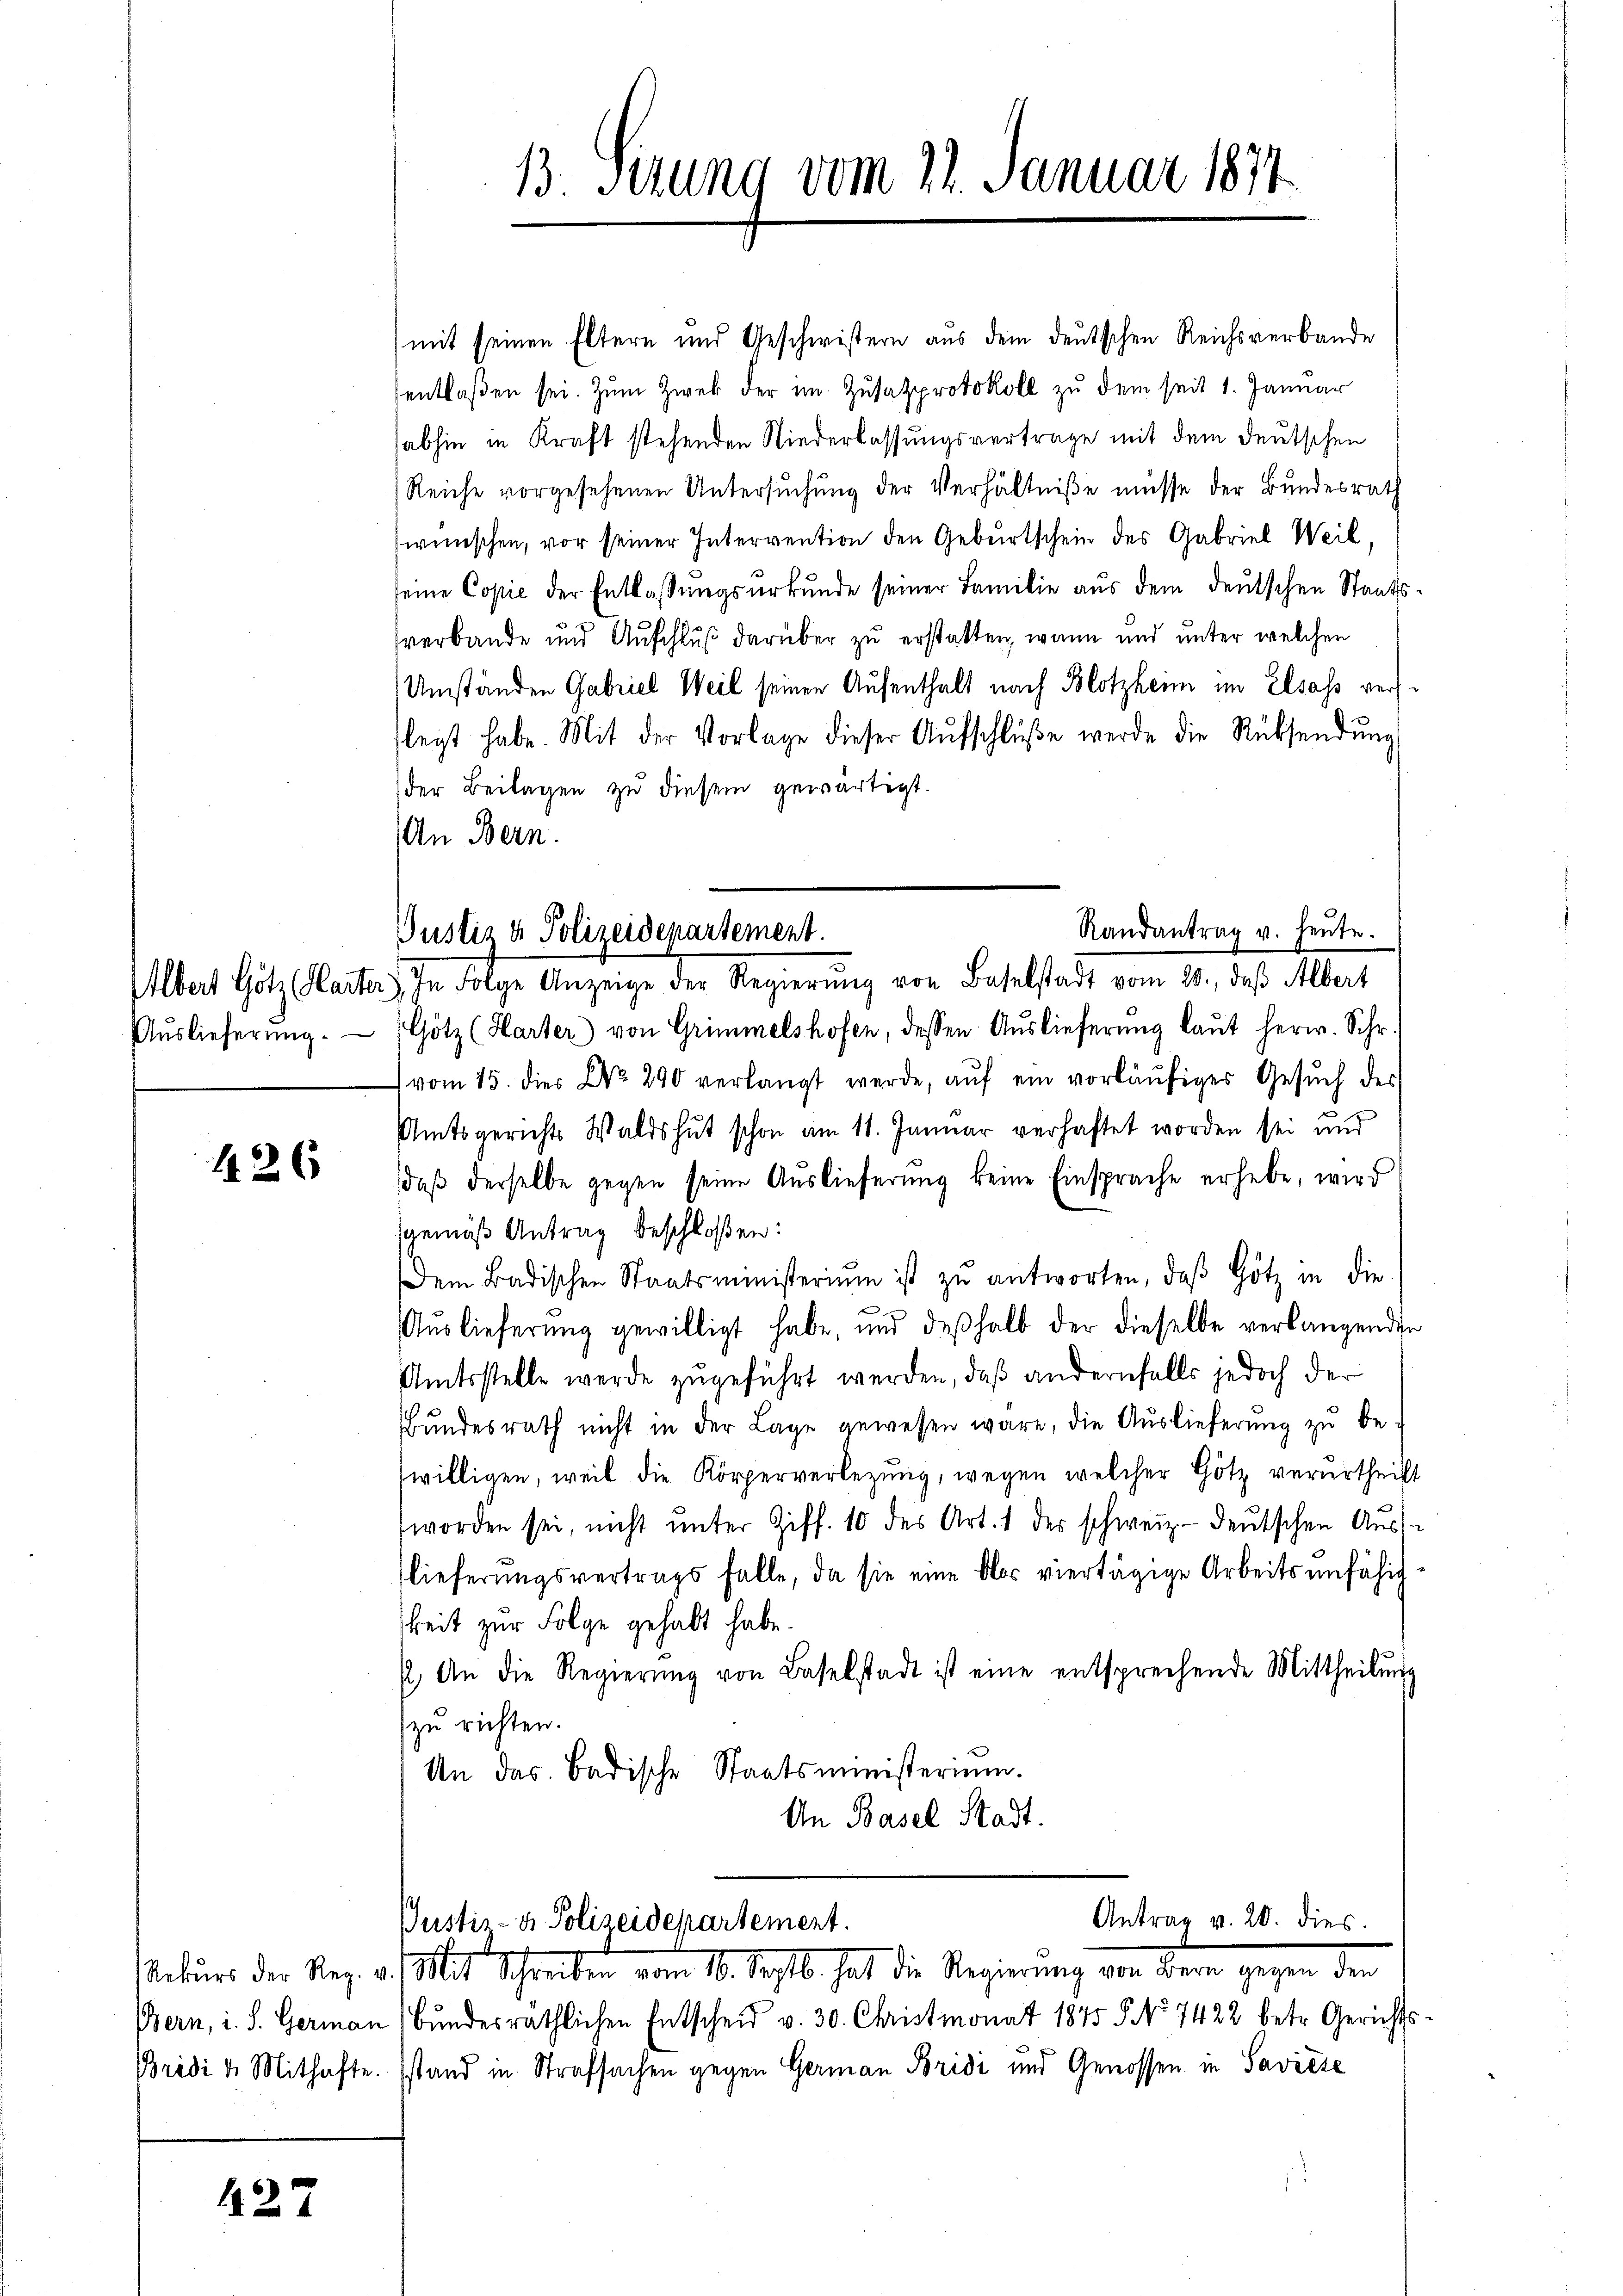
126

Rekurs der Reg. v
Bern, i. S. German
Bridi & Mithafte.

127

13. Sizung vom 22. Januar 1874

mit seinen Eltern und Geschwistern aus dem deutschen Reichsverbande
sentlaßen sei. Zum Zwek der im Zusatzprotokoll zu dem seit 1. Januar
abhin in Kraft stehenden Niederlassungsvertrage mit dem deutschen
Reiche vorgesehenen Untersuchung der Verhältniße müsse der Bundesrath
wünschen, vor seiner Intervention den Geburtschein des Gabriel Weil,
seine Copie der Entlassungsurkunde seiner Familie aus dem deutschen Staatsverbande und Ausschluß darüber zu erstatten, wann und unter welchen
Umständen Gabriel Weil seinen Aufenthalt nach Blotzheim im Elsass verslegt habe. Mit der Vorlage dieser Aŭfschlüβe werde die Rücksendŭng
der Beilagen zu diesem gewärtigt.
An Bern.
Albert Götz (Karter) In Folge Anzeige der Regierŭng von Baselstadt vom 26., daß Albert
Aŭslieferŭng. (Götz (Karter) von Grimmelshofen, dessen Auslieferung laut herw. Schr.
vom 15. dies No. 290 verlangt werde, aŭf ein vorläŭfiges Gesŭch des
Amtsgerichts Waldshut schon am 11. Januar verhaftet worden sei und
daβ derselbe gegen seine Auslieferung keine Einsprache erhebe, wird
sgemäß Antrag beschloßen:
Dem Badischen Staatsministerium ist zŭ antworten, daβ Götz in die
Aŭslieferung gewilligt habe, und deβhalb der dieselbe verlangenden
Amtsstelle werde zugeführt werden, daß andernfalls jedoch der
Bŭndesrath nicht in der Lage gewesen wäre, die Auslieferŭng zŭ be-
willigen, weil die Körperverlegung, wegen welcher Götz verurtheilt
worden sei, nicht ŭnter Ziff. 10 des Art. 1 der schweiz.- deŭtschen Aŭs-
lieferungsvertrags falle, da sie eine blos viertägige Arbeitsunfähig
keit zur Folge gehabt habe.
2. An die Regierŭng von Baselstadt ist eine entsprechende Mittheilŭng
zu richten.
An das Badische Staatsministerium.
An Basel Stadt.

Randantrag u. heute.
Justiz & Polizeidepartement.

Justiz- & Polizeidepartement.

Antrag v. 20. dies.

Mit Schreiben 10. Septb. hat die Regierung von Bern gegen den
bŭndesräthlichen Entscheid v. 30. Christmonat 1845 5 No 7422 betr. Gerichts-
stand in Strafsachen gegen German Bridi und Genossen in Saviese